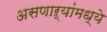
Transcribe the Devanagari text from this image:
असणाऱ्यांमध्ये